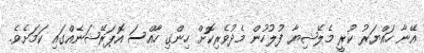
އޭނާ ހައްޔަރު ކުރީ މެލޭޝިޔާ ފުލުހުން މެދުވެރިކޮށް ހިންގި ހާއްސަ އޮޕަރޭޝަނެއްގައި ކަމަށެވެ.